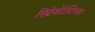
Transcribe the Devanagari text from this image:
रिप्रेज़ेंटेटिव्स